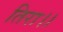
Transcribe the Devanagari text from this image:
तिरा।।